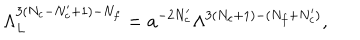
\Lambda _ { L } ^ { 3 ( N _ { c } - N _ { c } ^ { \prime } + 1 ) - N _ { f } } = a ^ { - 2 N _ { c } ^ { \prime } } \Lambda ^ { 3 ( N _ { c } + 1 ) - ( N _ { f } + N _ { c } ^ { \prime } ) } ,